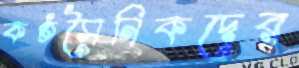
কণ্ঠসৈনিকদের